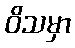
ဝိသမှာ